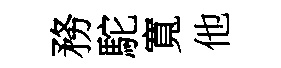
務駝寬他